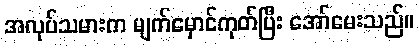
အလုပ်သမားက မျက်မှောင်ကုတ်ပြီး အော်မေးသည်။